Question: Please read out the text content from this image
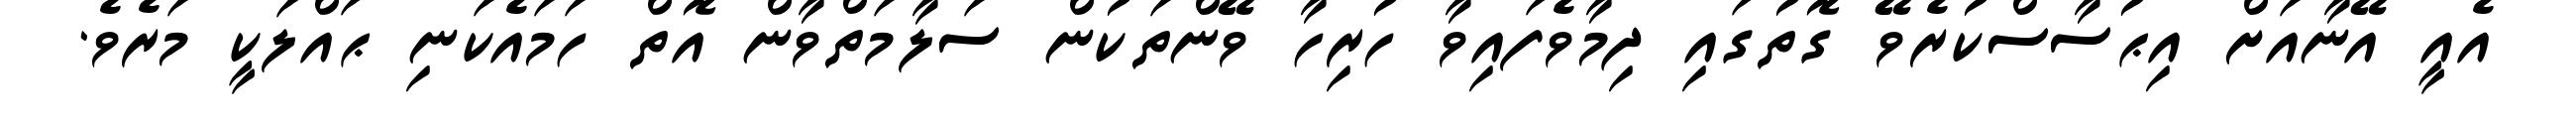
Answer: އެއީ އޭނާއަށް އިޙުސާސްކުރެވޭ ގޮތުގައި ދިމާވެފައިވާ ހުރިހާ ވޭންތަކުން ސަލާމަތްވާން އޮތް ހަމައެކަނި ޙައްލަކީ މަރެވެ.